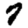
Digit: 7